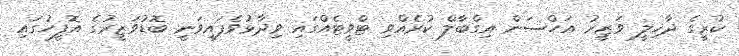
ކުރީގެ ދާޚިލީ ވަޒީރު އަހްސަން އިގްބާލް ކުރެއްވި ޓްވީޓެއްގައި ވިދާޅުވެފައިވަނީ ބޮޑުވަޒީރުގެ އޮފީހުގައި